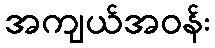
အကျယ်အဝန်း